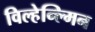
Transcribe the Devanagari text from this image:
विल्हेन्ल्मिन